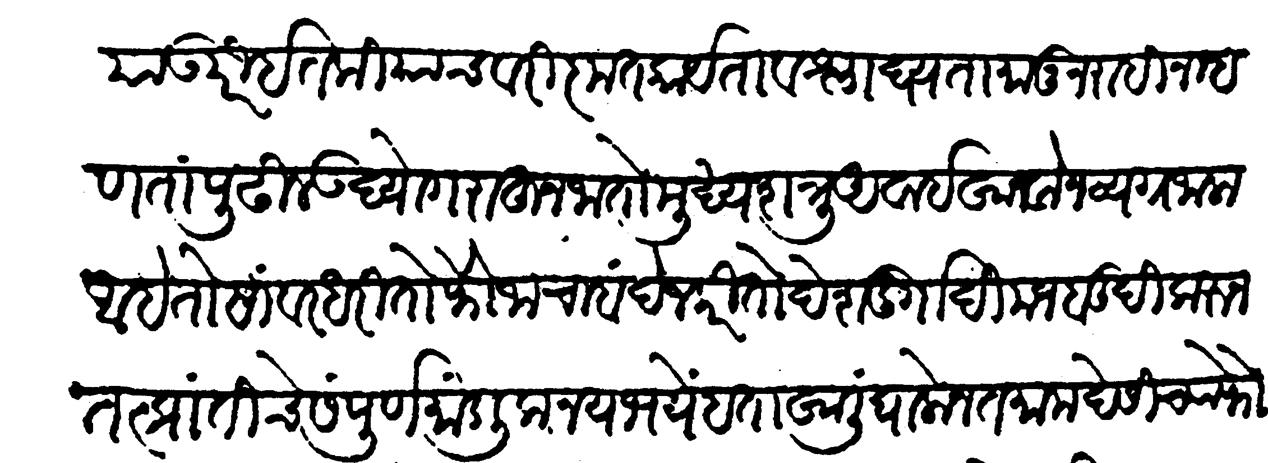
Transliteration (Devanagari): याउपरी इतकियाचवरी कृतकार्यता व श्लाध्यता मानून राहीन म्हणतां पुढील उद्योग राहून जातो मुख्य शत्रु अवाई खावोन व्यग्र जाला आहे तो सांवर धरितो फौजाचा बंदेज करीतो देश दुर्गादि मजबुदी करुन तत्प्रांतीचें संपूर्ण मांडलिक नयभयें हताखाली घालोन तमाम देसींच्या फौजा